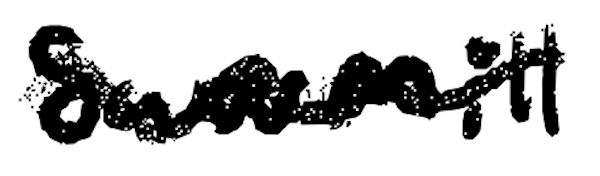
Text: sawmill
Cross-out: wave
Writing tool: digital_black